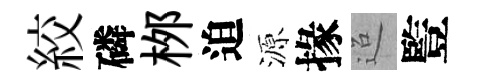
絞磷桞迫源掾迢䜿